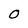
Character: O